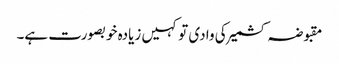
مقبوضہ کشمیر کی وادی تو کہیں زیادہ خوبصورت ہے۔